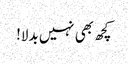
کچھ بھی نہیں بدلا!